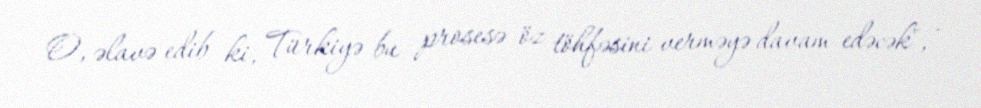
O, əlavə edib ki, Türkiyə bu prosesə öz töhfəsini verməyə davam edəcək", -